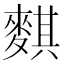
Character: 𪍀